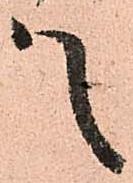
候